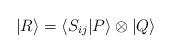
LaTeX: \begin{align*}|R\rangle=\langle S_{ij}|P\rangle\otimes |Q\rangle\end{align*}